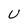
Character: U